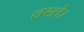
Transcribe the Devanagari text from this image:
तख्ते।